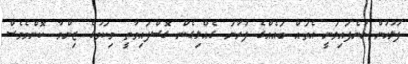
ފުލުހުން ބުނެފައިވަނީ އެތައް ބައެއްގެ ފުރާނަ ގެއްލިގެން ގޮސްފައިވާތީ މިކަމުގެ ޒިންމާ ކޮންމެވެސް